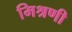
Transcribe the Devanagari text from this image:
मिश्रणी